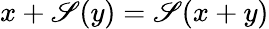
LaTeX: x+\mathscr{S}(y)=\mathscr{S}(x+y)